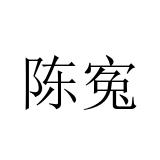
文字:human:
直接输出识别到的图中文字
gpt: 陈寃